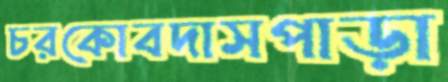
চরকোবদাসপাড়া